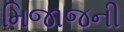
મિજાજની